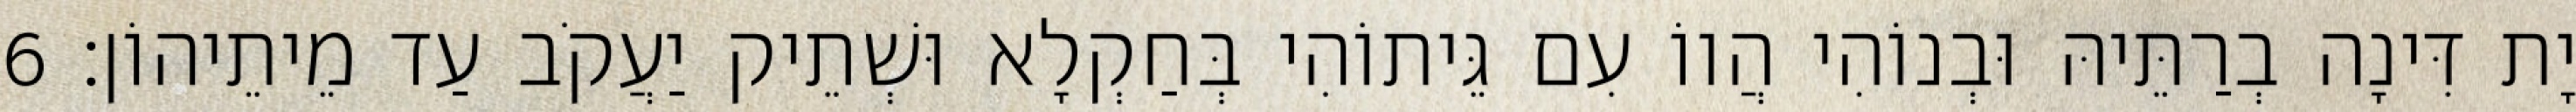
יָת דִּינָה בְרַתֵּיהּ וּבְנוֹהִי הֲווֹ עִם גֵּיתוֹהִי בְּחַקְלָא וּשְׁתֵיק יַעֲקֹב עַד מֵיתֵיהוֹן׃ 6